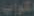
الكواب